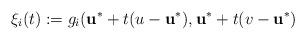
LaTeX: \begin{align*}\xi_i(t):=g_i(\mathbf{u^*}+t(u-\mathbf{u^*}),\mathbf{u^*}+t(v-\mathbf{u^*})\end{align*}